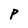
Character: P